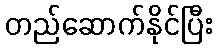
တည်ဆောက်နိုင်ပြီး